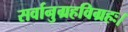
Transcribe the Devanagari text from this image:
सर्वानुग्रहविग्रहः।